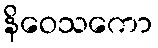
နိဝေသကော